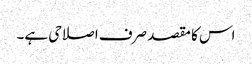
اس کا مقصد صرف اصلاحی ہے۔